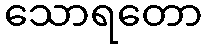
သောရတော